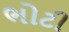
ભોટી